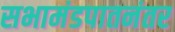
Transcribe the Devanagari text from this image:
सभामंडपातनंतर